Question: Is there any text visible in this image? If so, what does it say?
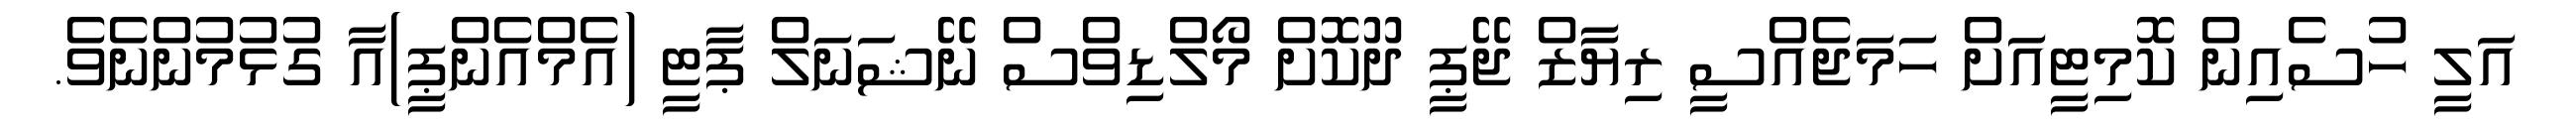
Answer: އަލީ ހުސެއިން ކޮމިޓީއަށް ހަމަޖެއްސީ ރިޔާޒް ޖޭޕީ ދޫކޮށް މޯލްޑިވްސް ނޭޝަނަލް ޕާޓީ (އެމްއެންޕީ)އާ ގުޅުމުންނެވެ.